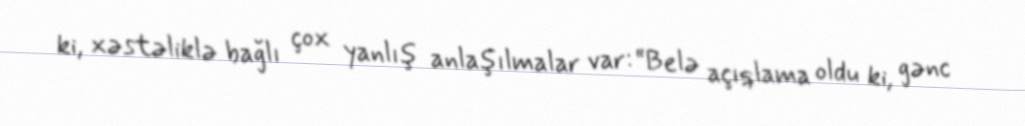
ki, xəstəliklə bağlı çox yanlış anlaşılmalar var: “Belə açıqlama oldu ki, gənc